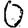
Digit: 0